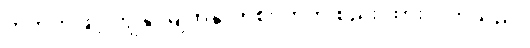
တဘက်ဖြင့် ကျွန်ုပ်မျက်နှာတစ်ဝက်ကို စည်း ထားလိုက်သည်။